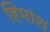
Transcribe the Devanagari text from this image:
हिमांश